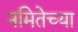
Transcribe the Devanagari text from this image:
नमितेच्या